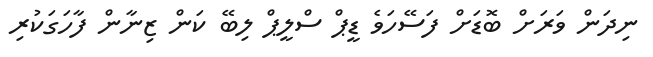
ނިދަން ވަރަށް ބޮޑަށް ފަސޭހަވެ ޑީޕް ސްލީޕް ލިބޭ ކަން ޒިނާން ފާހަގަކުރި